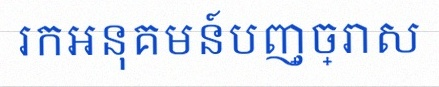
រកអនុគមន៍បញ្ច្រាស